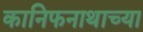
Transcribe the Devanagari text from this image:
कानिफनाथाच्या